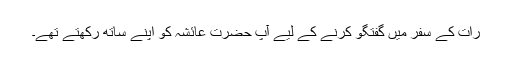
رات کے سفر میں گفتگو کرنے کے لیے آپ حضرت عائشہ کو اپنے ساتھ رکھتے تھے۔